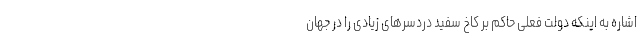
اشاره به اینکه دولت فعلی حاکم بر کاخ سفید دردسرهای زیادی را در جهان